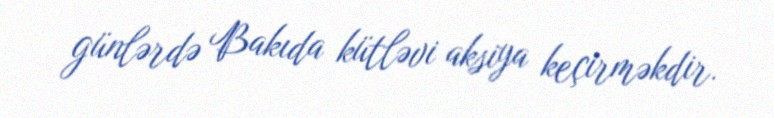
günlərdə Bakıda kütləvi aksiya keçirməkdir.